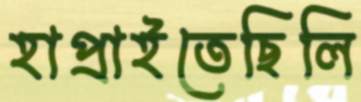
হাপ্‌রাইতেছিলি